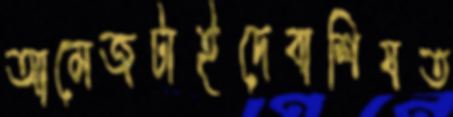
আমেজটাইদেবাশিষত